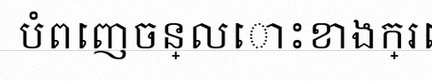
បំពេញចន្លោះខាងក្រោម